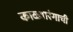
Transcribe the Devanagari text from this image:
काळ्यारंगाची